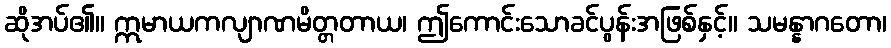
ဆိုအပ်၏။ ဣမာယကလျာဏမိတ္တတာယ၊ ဤကောင်းသောခင်ပွန်းအဖြစ်နှင့်။ သမန္နာဂတော၊